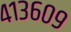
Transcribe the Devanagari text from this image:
४१३६०९